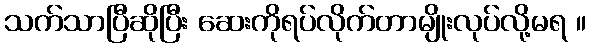
သက်သာပြီဆိုပြီး ဆေးကိုရပ်လိုက်တာမျိုးလုပ်လို့မရ ။